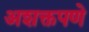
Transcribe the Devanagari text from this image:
अशक्तपणे